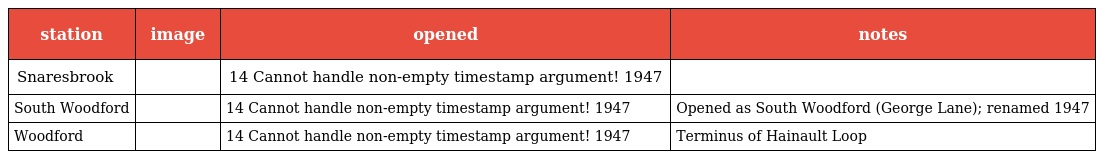
| station | image | opened | notes |
 | --- | --- | --- | --- |
 | Snaresbrook |  | 14 Cannot handle non-empty timestamp argument! 1947 |  |
 | South Woodford |  | 14 Cannot handle non-empty timestamp argument! 1947 | Opened as South Woodford (George Lane); renamed 1947 |
 | Woodford |  | 14 Cannot handle non-empty timestamp argument! 1947 | Terminus of Hainault Loop |